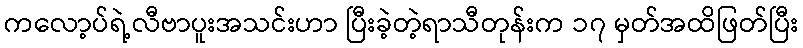
ကလော့ပ်ရဲ့လီဗာပူးအသင်းဟာ ပြီးခဲ့တဲ့ရာသီတုန်းက ၁၇ မှတ်အထိဖြတ်ပြီး